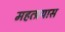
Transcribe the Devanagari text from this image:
महत्प्रयास